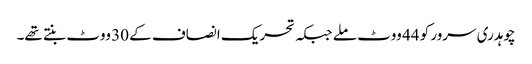
چوہدری سرور کو 44 ووٹ ملے جبکہ تحریک انصاف کے 30 ووٹ بنتے تھے۔